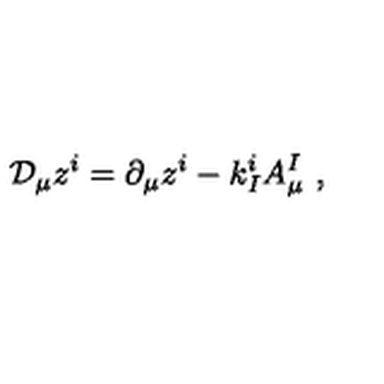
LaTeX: \mathcal { D } _ { \mu } z ^ { i } = \partial _ { \mu } z ^ { i } - k _ { I } ^ { i } A _ { \mu } ^ { I } \ ,